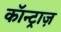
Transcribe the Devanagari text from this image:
कॉन्ट्राज़